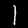
Label: 1